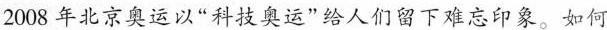
2008 年北京奥运以“科技奥运”给人们留下难忘印象。如何